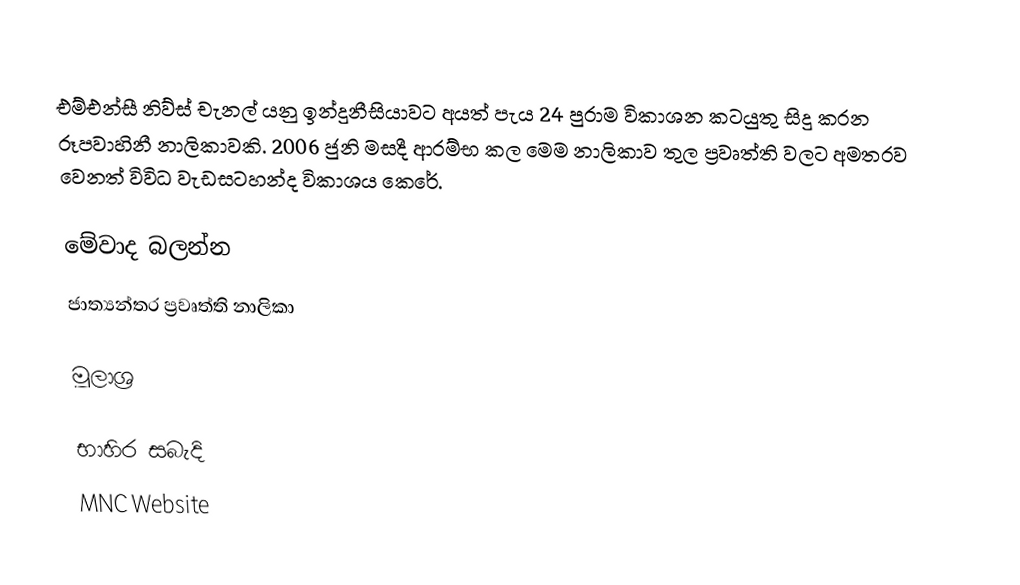
එම්එන්සී නිව්ස් චැනල් යනු ඉන්දුනීසියාවට අයත් පැය 24 පුරාම විකාශන කටයුතු සිදු කරන රූපවාහිනී නාලිකාවකි. 2006 ජුනි මසදී ආරම්භ කල මෙම නාලිකාව තුල ප්‍රවෘත්ති වලට අමතරව වෙනත් විවිධ වැඩසටහන්ද විකාශය කෙරේ.

මේවාද බලන්න
 ජාත්‍යන්තර ප්‍රවෘත්ති නාලිකා

මූලාශ්‍ර

භාහිර සබැදි
MNC Website